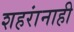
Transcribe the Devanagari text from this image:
शहरांनाही